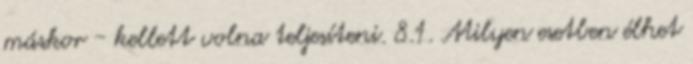
máskor - kellett volna teljesíteni. 8.1. Milyen esetben élhet